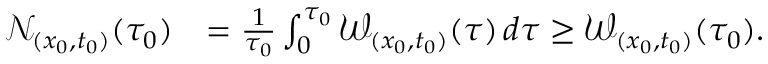
\begin{array} { r l } { \ensuremath { \mathcal { N } } _ { ( x _ { 0 } , t _ { 0 } ) } ( \tau _ { 0 } ) } & { = \frac { 1 } { \tau _ { 0 } } \int _ { 0 } ^ { \tau _ { 0 } } \ensuremath { \mathcal { W } } _ { ( x _ { 0 } , t _ { 0 } ) } ( \tau ) \, d \tau \ge \ensuremath { \mathcal { W } } _ { ( x _ { 0 } , t _ { 0 } ) } ( \tau _ { 0 } ) . } \end{array}